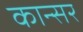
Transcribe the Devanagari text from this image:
कान्सर